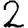
Digit: 2